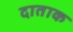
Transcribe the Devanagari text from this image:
दाताक